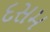
દસમ